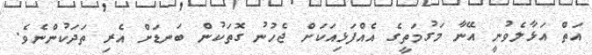
އަތް އަޅާލެވުނީ އޭނާ މަގުމަތީގެ އެއްފަޅިއަކަށް ޖެހުނު ގޮތަކުން ބަނޑަށް އެރި ތަދަކުންނެވެ.